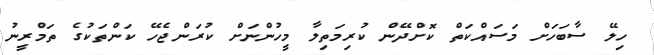
ހިލޭ ސާބަހަށް މަސައްކަތް ކޮށްދޭން ކުރިމަތިލާ މީހުންނަށް ކުރަންޖެހޭ ކަންތަކުގެ ތަމްރީނު